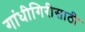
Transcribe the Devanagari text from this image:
गांधीगिरीसाठी